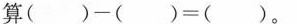
算( )-( )=( )。